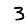
Digit: 3